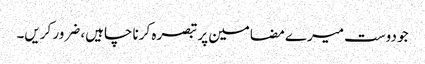
جو دوست میرے مضامین پر تبصرہ کرنا چاہیں، ضرور کریں۔